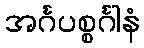
အင်္ဂပစ္စင်္ဂါနံ